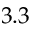
3 . 3